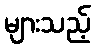
များသည့်